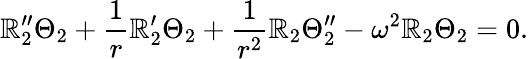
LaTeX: \mathbb{R}_{2}^{\prime\prime}\Theta_{2}+\frac{{1}}{{r}}\mathbb{R}_{2}^{\prime}\Theta_{2}+\frac{{1}}{{r^{2}}}\mathbb{R}_{2}\Theta_{2}^{\prime\prime}-\omega^{2}\mathbb{R}_{2}\Theta_{2}=0.